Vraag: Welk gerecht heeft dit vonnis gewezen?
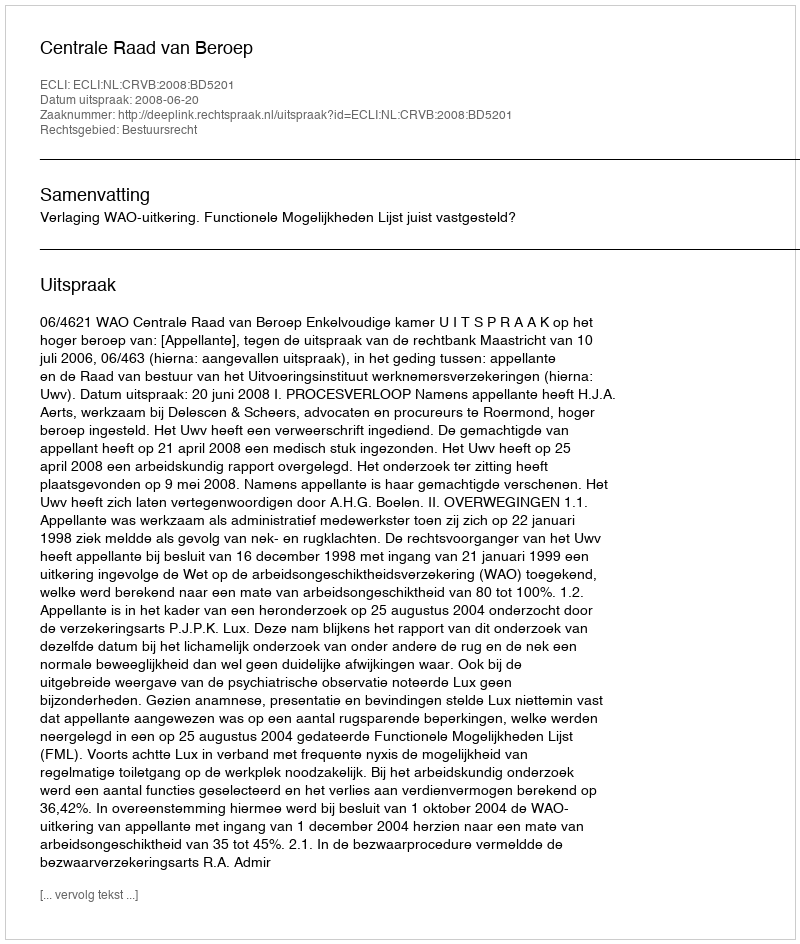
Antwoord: Centrale Raad van Beroep